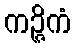
ကဉ္ဇိကံ